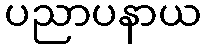
ပညာပနာယ